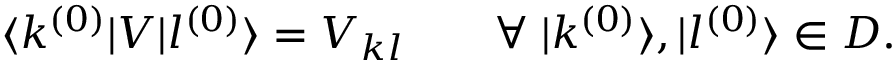
\langle k ^ { ( 0 ) } | V | l ^ { ( 0 ) } \rangle = V _ { k l } \qquad \forall \; | k ^ { ( 0 ) } \rangle , | l ^ { ( 0 ) } \rangle \in D .